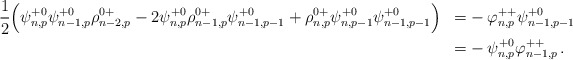
\begin{align*}\begin{aligned}&\frac{1}{2} \Big( \psi^{+0}_{n,p}\psi^{+0}_{n-1,p}\rho^{0+}_{n-2,p}-2\psi^{+0}_{n,p}\rho^{0+}_{n-1,p}\psi^{+0}_{n-1,p-1}+\rho^{0+}_{n,p}\psi^{+0}_{n,p-1}\psi^{+0}_{n-1,p-1} \Big) &=& - \varphi^{++}_{n,p}\psi^{+0}_{n-1,p-1} \\&&=&- \psi^{+0}_{n,p} \varphi^{++}_{n-1,p}\,.\end{aligned}\end{align*}